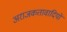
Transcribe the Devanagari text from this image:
अराजकतावादियों